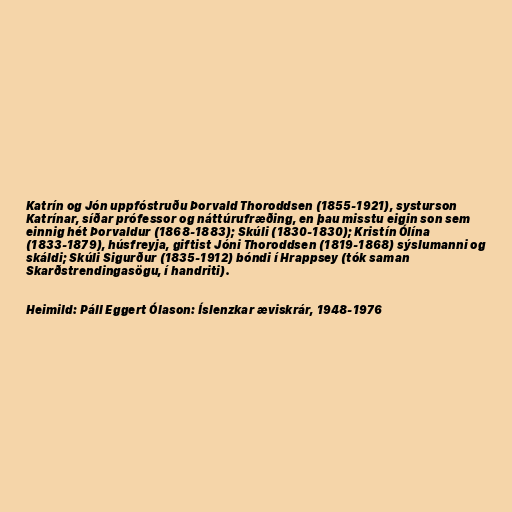
Katrín og Jón uppfóstruðu Þorvald Thoroddsen (1855-1921), systurson
Katrínar, síðar prófessor og náttúrufræðing, en þau misstu eigin son sem
einnig hét Þorvaldur (1868-1883); Skúli (1830-1830); Kristín Ólína
(1833-1879), húsfreyja, giftist Jóni Thoroddsen (1819-1868) sýslumanni og
skáldi; Skúli Sigurður (1835-1912) bóndi í Hrappsey (tók saman
Skarðstrendingasögu, í handriti).

Heimild: Páll Eggert Ólason: Íslenzkar æviskrár, 1948-1976